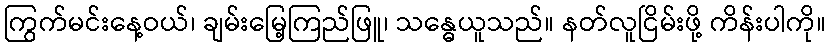
ကြွက်မင်းနေ့ဝယ်၊ ချမ်းမြေ့ကြည်ဖြူ၊ သန္ဓေယူသည်။ နတ်လူငြိမ်းဖို့ ကိန်းပါကို။